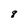
Character: 8